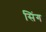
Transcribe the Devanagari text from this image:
सिंग